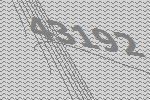
43192